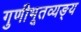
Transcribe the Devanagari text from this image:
गुणीभूतव्यङ्य